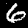
Label: 6